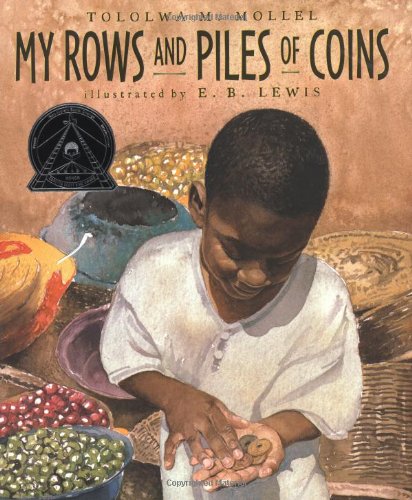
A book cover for My Rows and Piles of Coins; Tololwa M. Mollel; Children's Books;